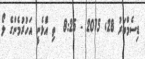
ޑިސެމްބަރު 28